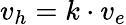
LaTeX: v_{h}=k\cdot v_{e}